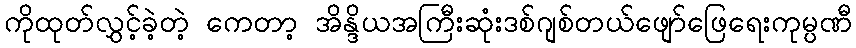
ကိုထုတ်လွှင့်ခဲ့တဲ့ ကေတာ့ အိန္ဒိယအကြီးဆုံးဒစ်ဂျစ်တယ်ဖျော်ဖြေရေးကုမ္ပဏီ